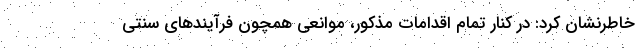
خاطرنشان کرد: در کنار تمام اقدامات مذکور، موانعی همچون فرآیندهای سنتی